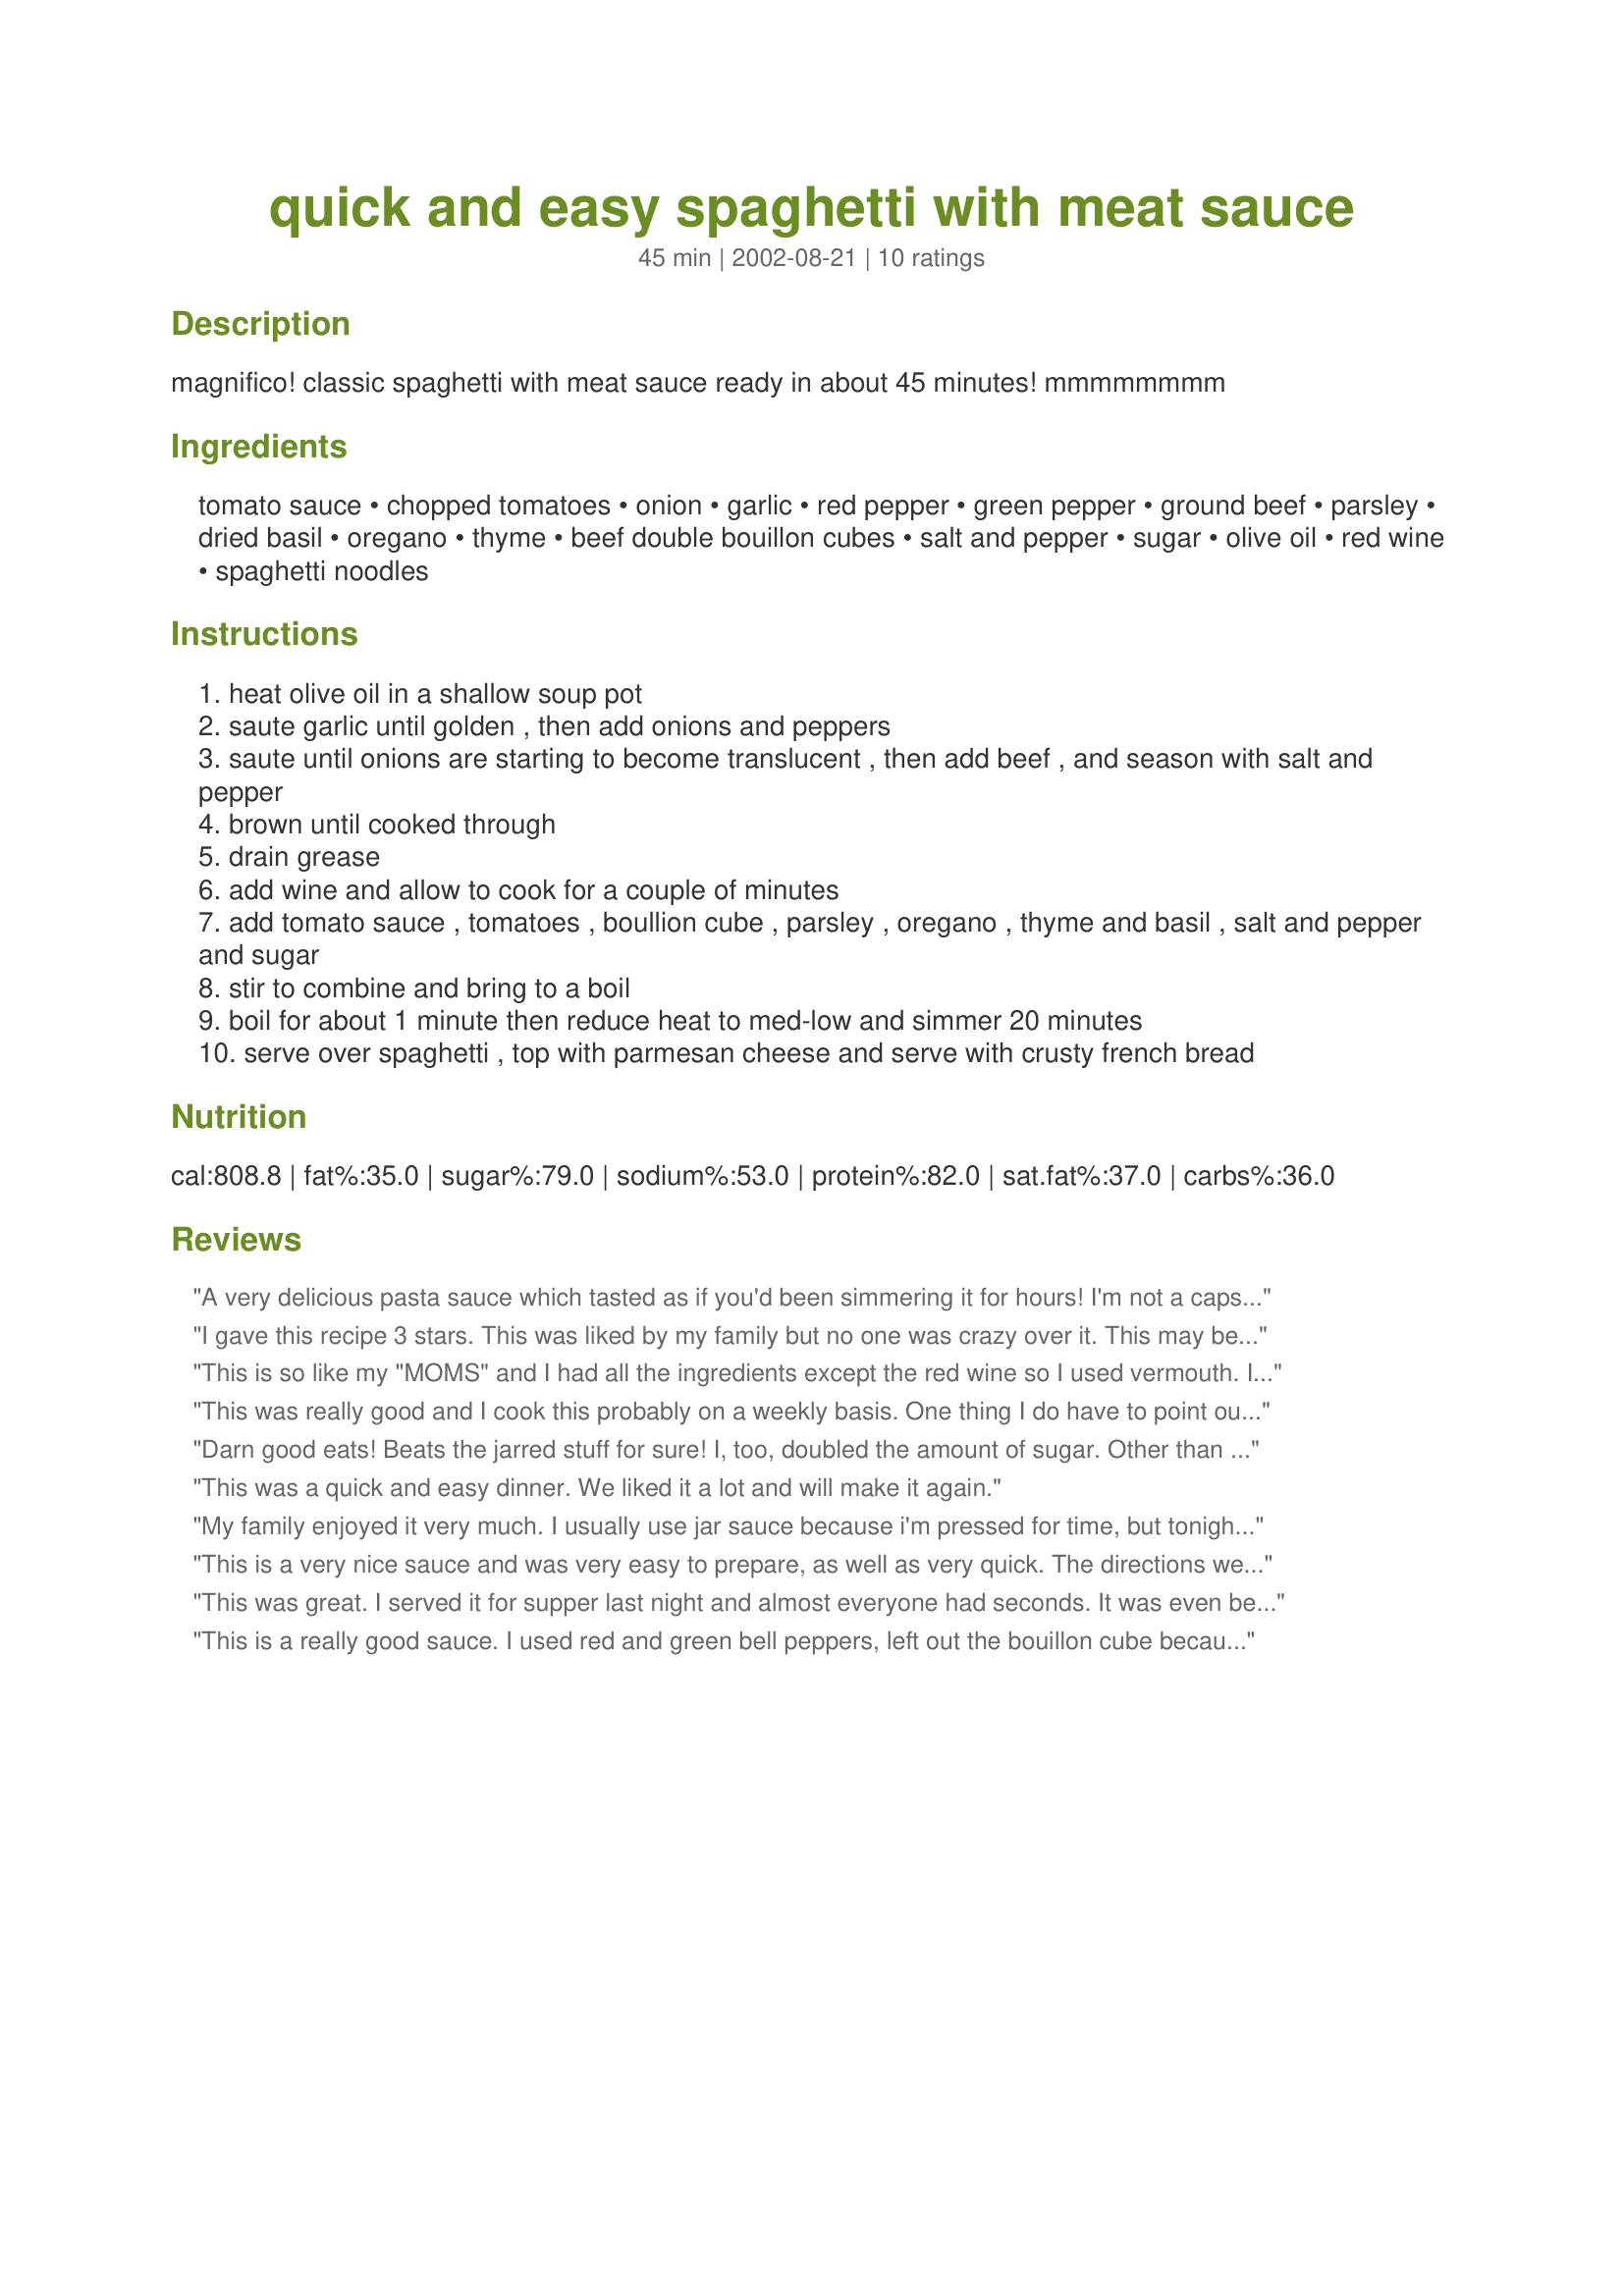
quick and easy spaghetti with meat sauce
Preparation time: 45 minutes

magnifico! classic spaghetti with meat sauce ready in about 45 minutes! mmmmmmmm

Ingredients:
tomato sauce, chopped tomatoes, onion, garlic, red pepper, green pepper, ground beef, parsley, dried basil, oregano, thyme, beef double bouillon cubes, salt and pepper, sugar, olive oil, red wine, spaghetti noodles

Steps:
heat olive oil in a shallow soup pot
saute garlic until golden , then add onions and peppers
saute until onions are starting to become translucent , then add beef , and season with salt and pepper
brown until cooked through
drain grease
add wine and allow to cook for a couple of minutes
add tomato sauce , tomatoes , boullion cube , parsley , oregano , thyme and basil , salt and pepper and sugar
stir to combine and bring to a boil
boil for about 1 minute then reduce heat to med-low and simmer 20 minutes
serve over spaghetti , top with parmesan cheese and serve with crusty french bread

Reviews:
A very delicious pasta sauce which tasted as if you'd been simmering it for hours! I'm not a capsicum fan, so I used a finely diced big carrot instead. I did use the optional red wine and I assumed that the thyme and oregano were supposed to be fresh. This cooked to a perfect consistency in the allotted time. Looking forward to lazy Friday night leftovers!
I gave this recipe 3 stars. This was liked by my family but no one was crazy over it. This may be partly due to the fact I did only had regular beef bouillon cubes so I used 2 cubes. I also used Splenda in place of the sugar and for my family's taste I added 3 tsp. I used all dried seasoning as it was not stated if I was to use both fresh and dried. The best thing about this recipe was how thick the sauce got it's the way I love my sauces. Overall this was ok tasting I did end up adding 1/4 tsp each garlic and onion powder. I'm not sure if I'd make it again. Thanks for posting! Christine (internetnut)
This is so like my "MOMS" and I had all the ingredients except the red wine so I used vermouth. I also cut it in half and let it set overnight. Everyone know's that spaghetti sauce is "best" the next day. The only other change I made was to double the sugar cuz I like it on the sweet side. Thanks, canarygirl for posting!
This was really good and I cook this probably on a weekly basis. One thing I do have to point out is I would definitely leave out the beef bouillon cube. The first time I made this, I put this in and it tasted way too salty. Also, I cut down on the oregano, again, gave the flavor of being too salty. Also, I cook the onions and garlic in about a tbsp of bacon fat and that gives it an awesome kick. After I made these few adjustments, it was really good!
Darn good eats! Beats the jarred stuff for sure! I, too, doubled the amount of sugar. Other than that, didn't change the recipe at all. I thought that I'd have some leftover for lunch the next day so I could see how much better it had gotten after the flavor had a chance to develop, but I didn't. So, I think next time I'll double, or even triple, the recipe. It's so quick,easy, and DECICIOUS! This one's a keeper!
This was a quick and easy dinner. We liked it a lot and will make it again.
My family enjoyed it very much. I usually use jar sauce because i'm pressed for time, but tonight as I was cooking noodles, I discovered I didn't have any. I jumped on Recipezaar and found this. It beats jar any day. 
I added about a 1/4 cup ketchup, and omitted the peppers and it still came out great! Thanks for sharing
This is a very nice sauce and was very easy to prepare, as well as very quick. The directions were very clear and accurate. The taste was good, but didn't quite suit our tastes. I felt the peppers and the thyme were very pronounced, and even though I love those two ingredients, they overwhelmed the sauce for me. This, unfortunately didn't go over as well with my family as I had hoped.
This was great. I served it for supper last night and almost everyone had seconds. It was even better for lunch today.
This is a really good sauce. I used red and green bell peppers, left out the bouillon cube because of some other reviews and the saltiness, used dried parsley, fresh basil and didn't have any dark wine so I used White Zin. It was thick and the flavor was very good. I will definitely make this again.
